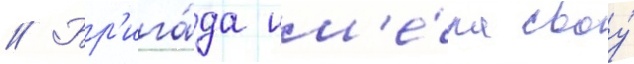
// Бр'ига́да им'е́ла своу́